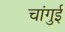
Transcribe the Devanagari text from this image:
चांगुई